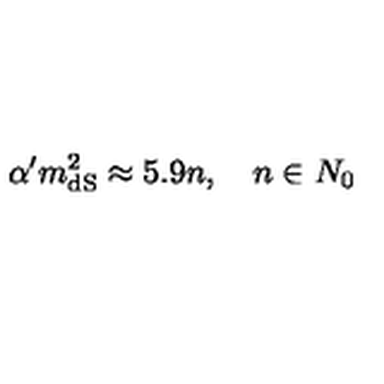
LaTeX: \alpha ^ { \prime } m _ { \mathrm { d S } } ^ { 2 } \approx 5 . 9 n , \quad n \in N _ { 0 }